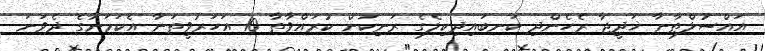
އައްސުލްޠާނާ ޚަދީޖާ ރެހެންދި ކަނބައިދިކިލެގެ ރަނިކަން ކުރައްވާތާ 10 އަހަރުވީތަނާ އެކަމަނާގެ ދެވަނަ